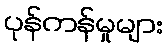
ပုန်ကန်မှုများ